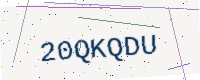
Text: 20QKQDU